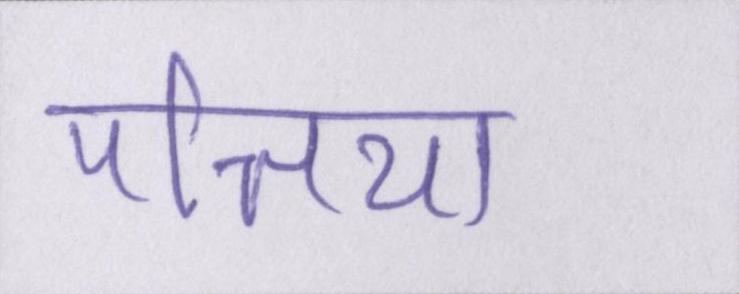
पत्तिया